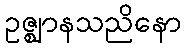
ဥဇ္ဈာနသညိနော